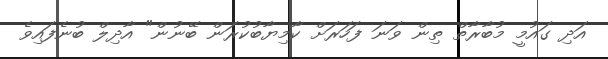
އަދި ގައުމީ މުބާރާތް ތިން ވަނަ ފަހަރަށް ކާމިޔާބުކުރަން ބޭނުން" އާދިލް ބުނެފައިވެ